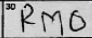
Transcription: RMO